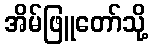
အိမ်ဖြူတော်သို့